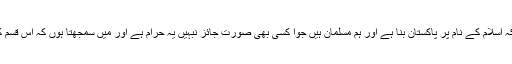
جمعیت علمائے اسلام آزاد کشمیر کے صدر و ممبر اسمبلی پیر عتیق الرحمن نے کہا کہ اسلام کے نام پر پاکستان بنا ہے اور ہم مسلمان ہیں جوا کسی بھی صورت جائز نبہیں یہ حرام ہے اور میں سمجھتا ہوں کہ اس قسم کے فیصلے منظر عام پر آنے سے پاکستانی قوم اسلام اور مذہب کا نام بدنام ہورہا ہے۔